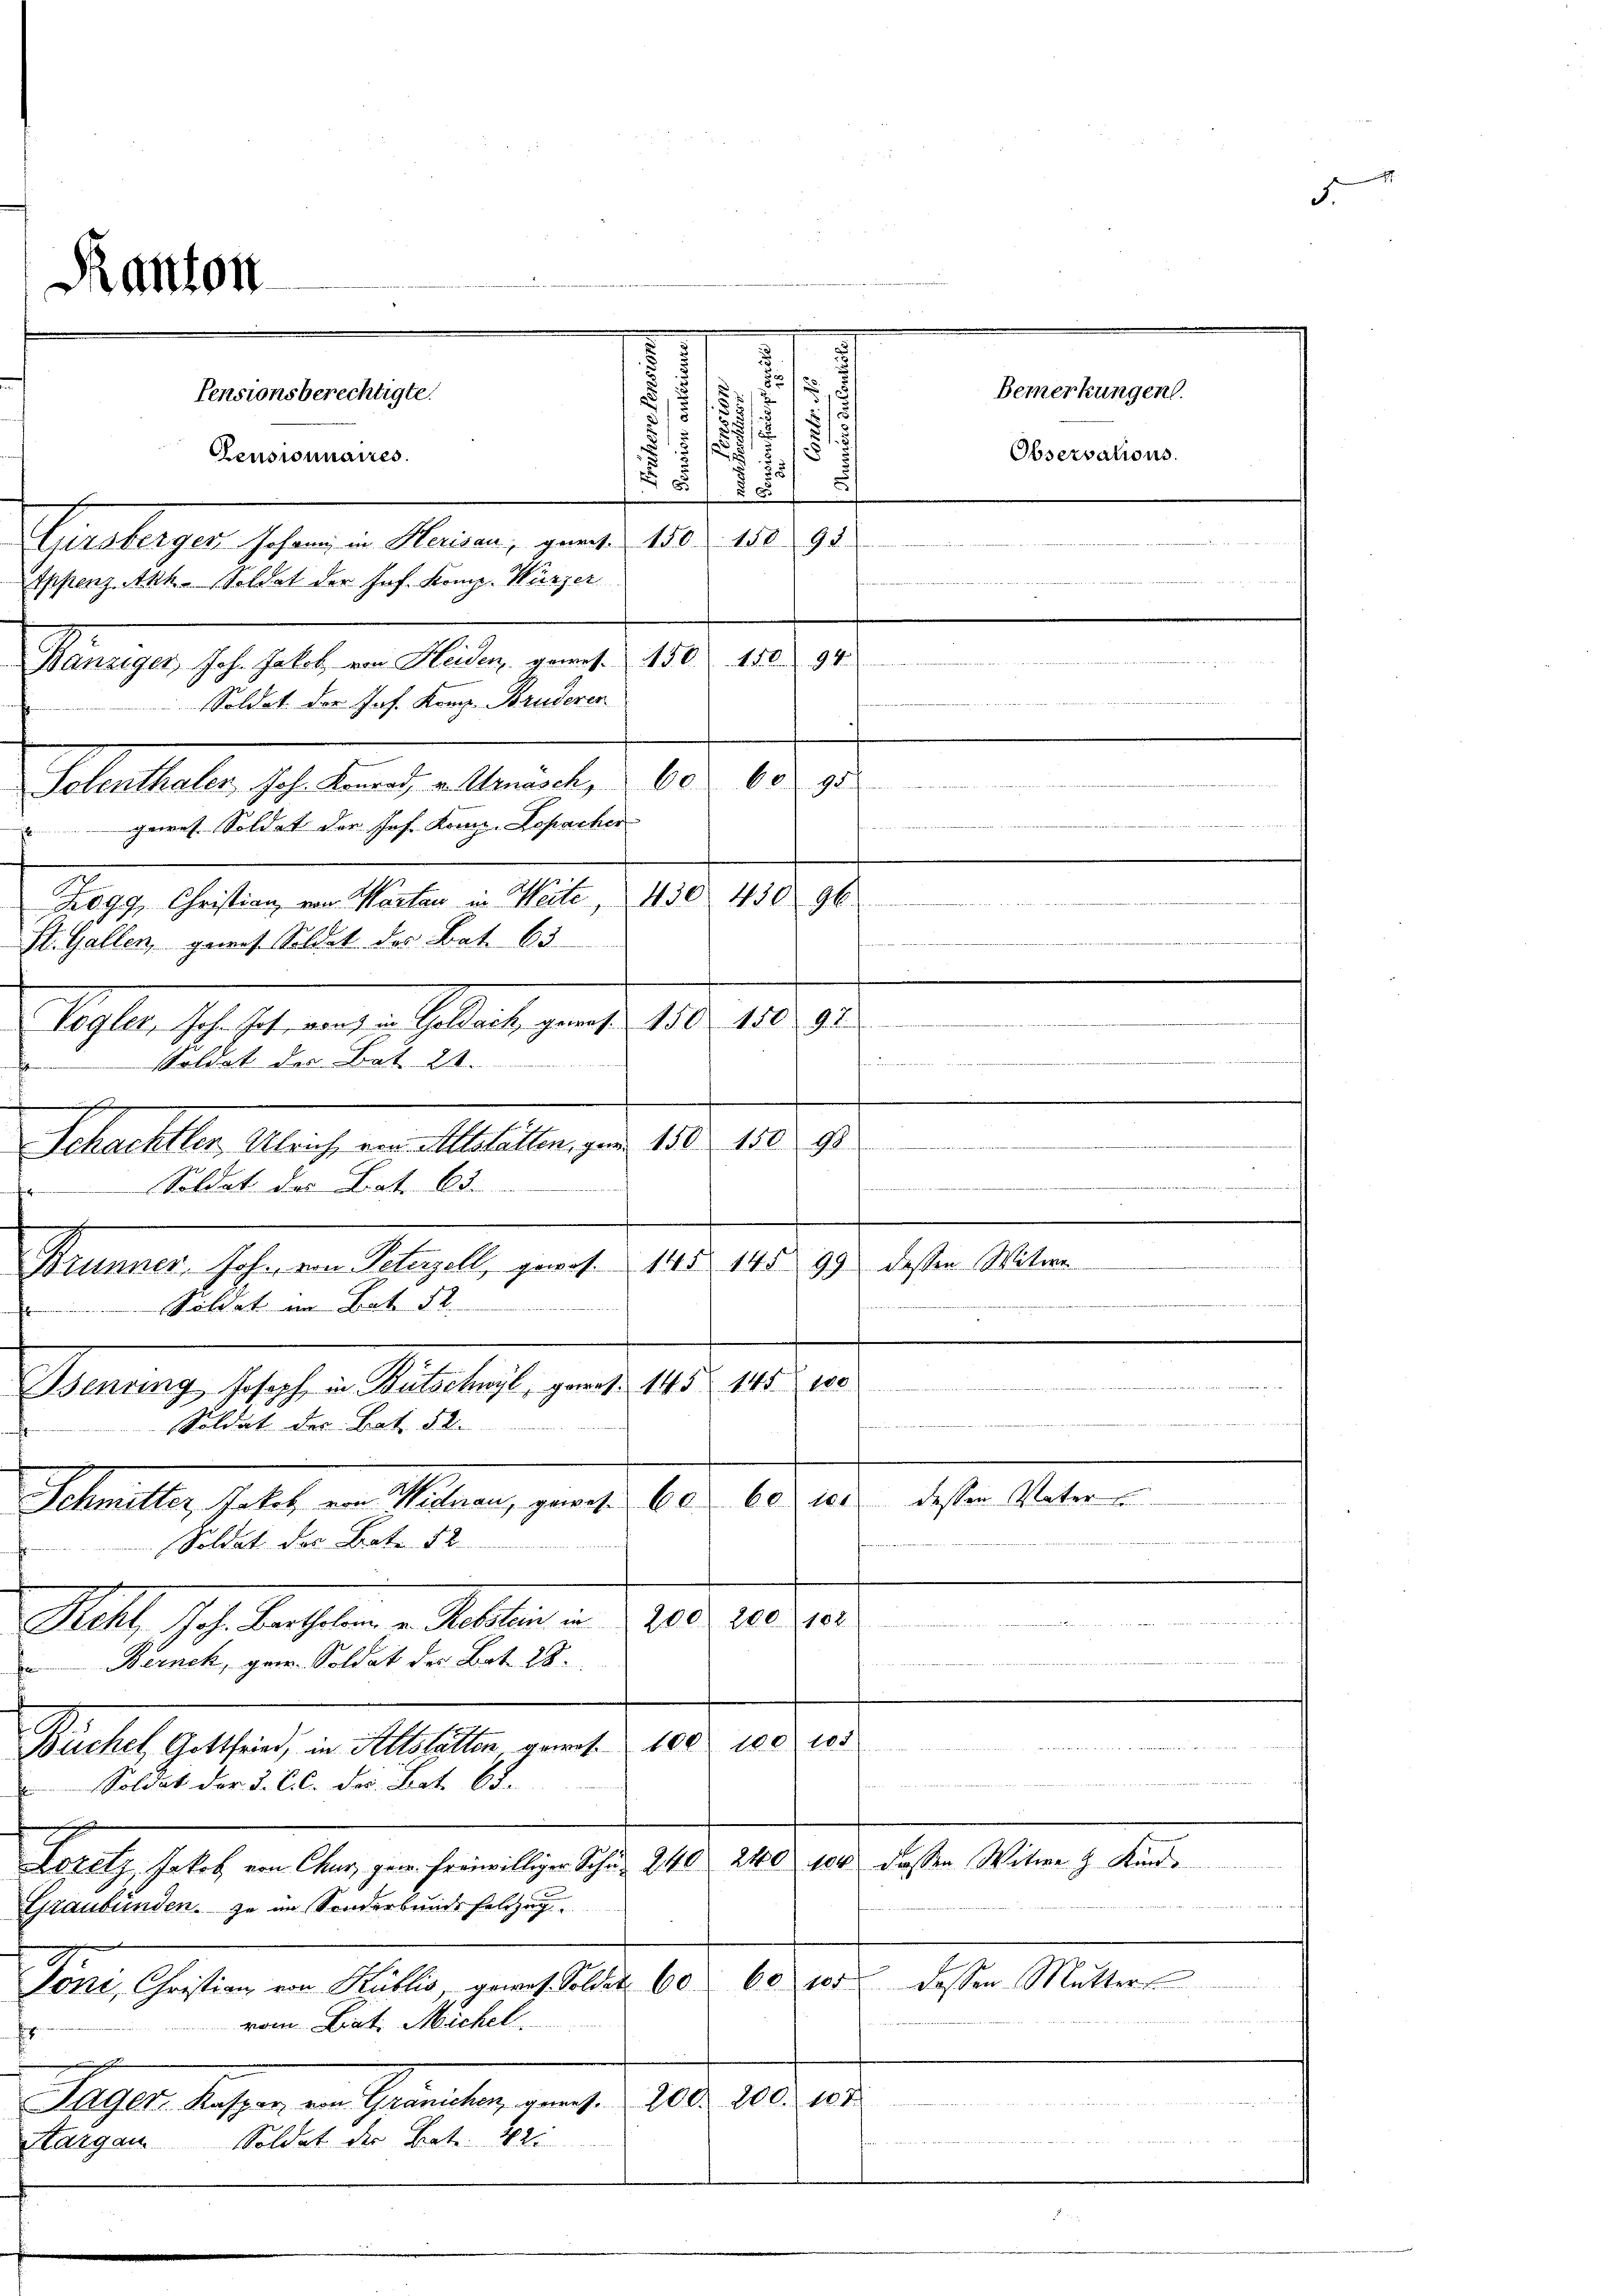
Solenthaler Joh. Konrad v. Arnasch, 60. 60 95
garet. Soldat der Joh. Komp. Sepacher
.
Zogy, Christian von Warten in Weite
St. Gallen, gewes. Soldet des Bat. 65
Maften Joh. M. angen Erlaube genug. 180. 18. 8.
soldet der Bat. 21.
n
Schachtler Ulrich, von Altstatten, gen 150 152
Soldat des Brat. Ode

Brunner, Joh. von Peterzell, gewes. 145 145 99 dessen Witwe
Soldat im Bat 52

Penninge Jahren Stelltest, pag. 148. 10. Jun
Soldat des Bat. 52.
dessen Vater
Schnelle Petit in Meilen, genart. 60. 15.
Soldat der Bote 12

Reht, Joh. Karthalen u. Rechtlein in d. 200. 200. 102
Berneck, gew. Soldat des Bat. 28.
e
 S 4
Partet gelten, in Alter auf 100
10. 105
Soldat der J. C. C. der Bat. 65.
240 104 dassen Witwe H. Kind
Rath halt in Aber den heranlage des 10.
Graubünden. Zu im Sonderbundes Felde
100 dessen Mutter
60
Gant, Geisten von Stelle, gern hat der 60.
vom Lat. Michel

 ei cit. Sie
 d 1. Maller
Sager. Wassen in Gemeinden, wenige Alber 100. d.
u
Hargau Soldet der Bat. 22.
§ 2

Kanton

Gleiniger ihr selbe an Seiter gerath 1830.

Soldat der Jos. Komp. Bruderen

.
e
.
Pensionsberechtigte.
¬
.
185/

s
Censionnaires.
.
5
8

Girsberger Johann in Herisau, geris 150. 158 91
Appenz. Anh. Soldat der Jos. Komp. Kürzer

Bemerkungen.
Observations.
e

......................................
430. 430 96.
N. N. 28.
m
A
.

e

d.